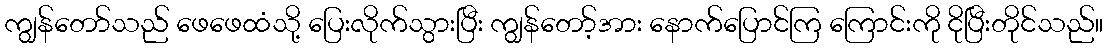
ကျွန်တော်သည် ဖေဖေထံသို့ ပြေးလိုက်သွားပြီး ကျွန်တော့်အား နောက်ပြောင်ကြ ကြောင်းကို ငိုပြီးတိုင်သည်။